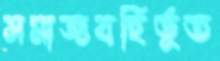
সমাজবহির্ভূত